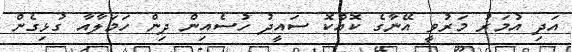
އަދި އުމަރު މަރުވީ އޭނާގެ ކޮއްކޮ ސައީދު ހުސެއިން ދިން ހަމަލާއާ ގުޅިގެން